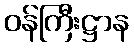
ဝန်ကြီးဋ္ဌာန